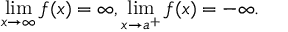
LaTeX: \operatorname* { l i m } _ { x \to \infty } f ( x ) = \infty , \operatorname* { l i m } _ { x \to a ^ { + } } f ( x ) = - \infty .